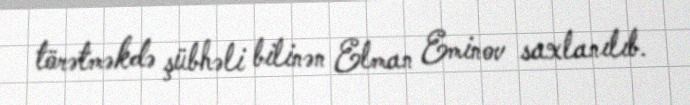
törətməkdə şübhəli bilinən Elman Eminov saxlanılıb.